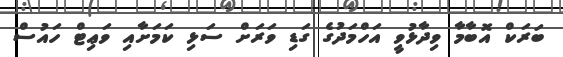
ބަރަކް އޮބާމާ ވިދާޅުވީ އަހްމަދުގެ ގަޑި ވަރަށް ސަޅި ކަމަށާއި ވަޢިޓް ހައުސް